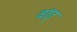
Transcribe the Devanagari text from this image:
वांङ्‌